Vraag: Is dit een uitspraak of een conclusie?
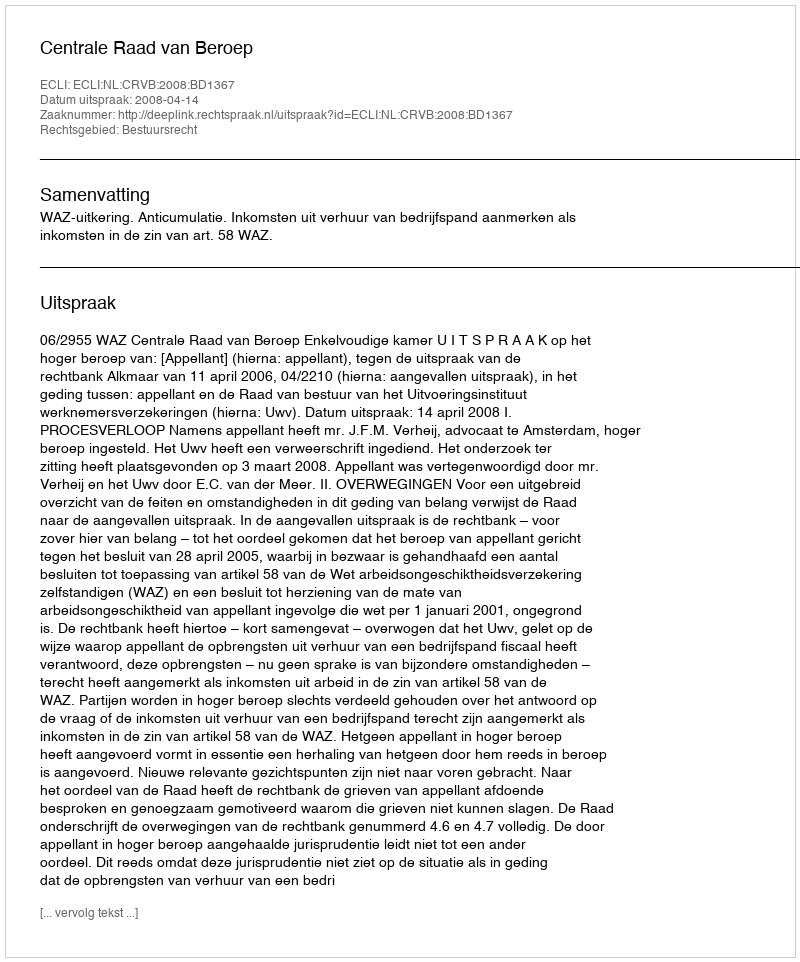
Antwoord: Uitspraak